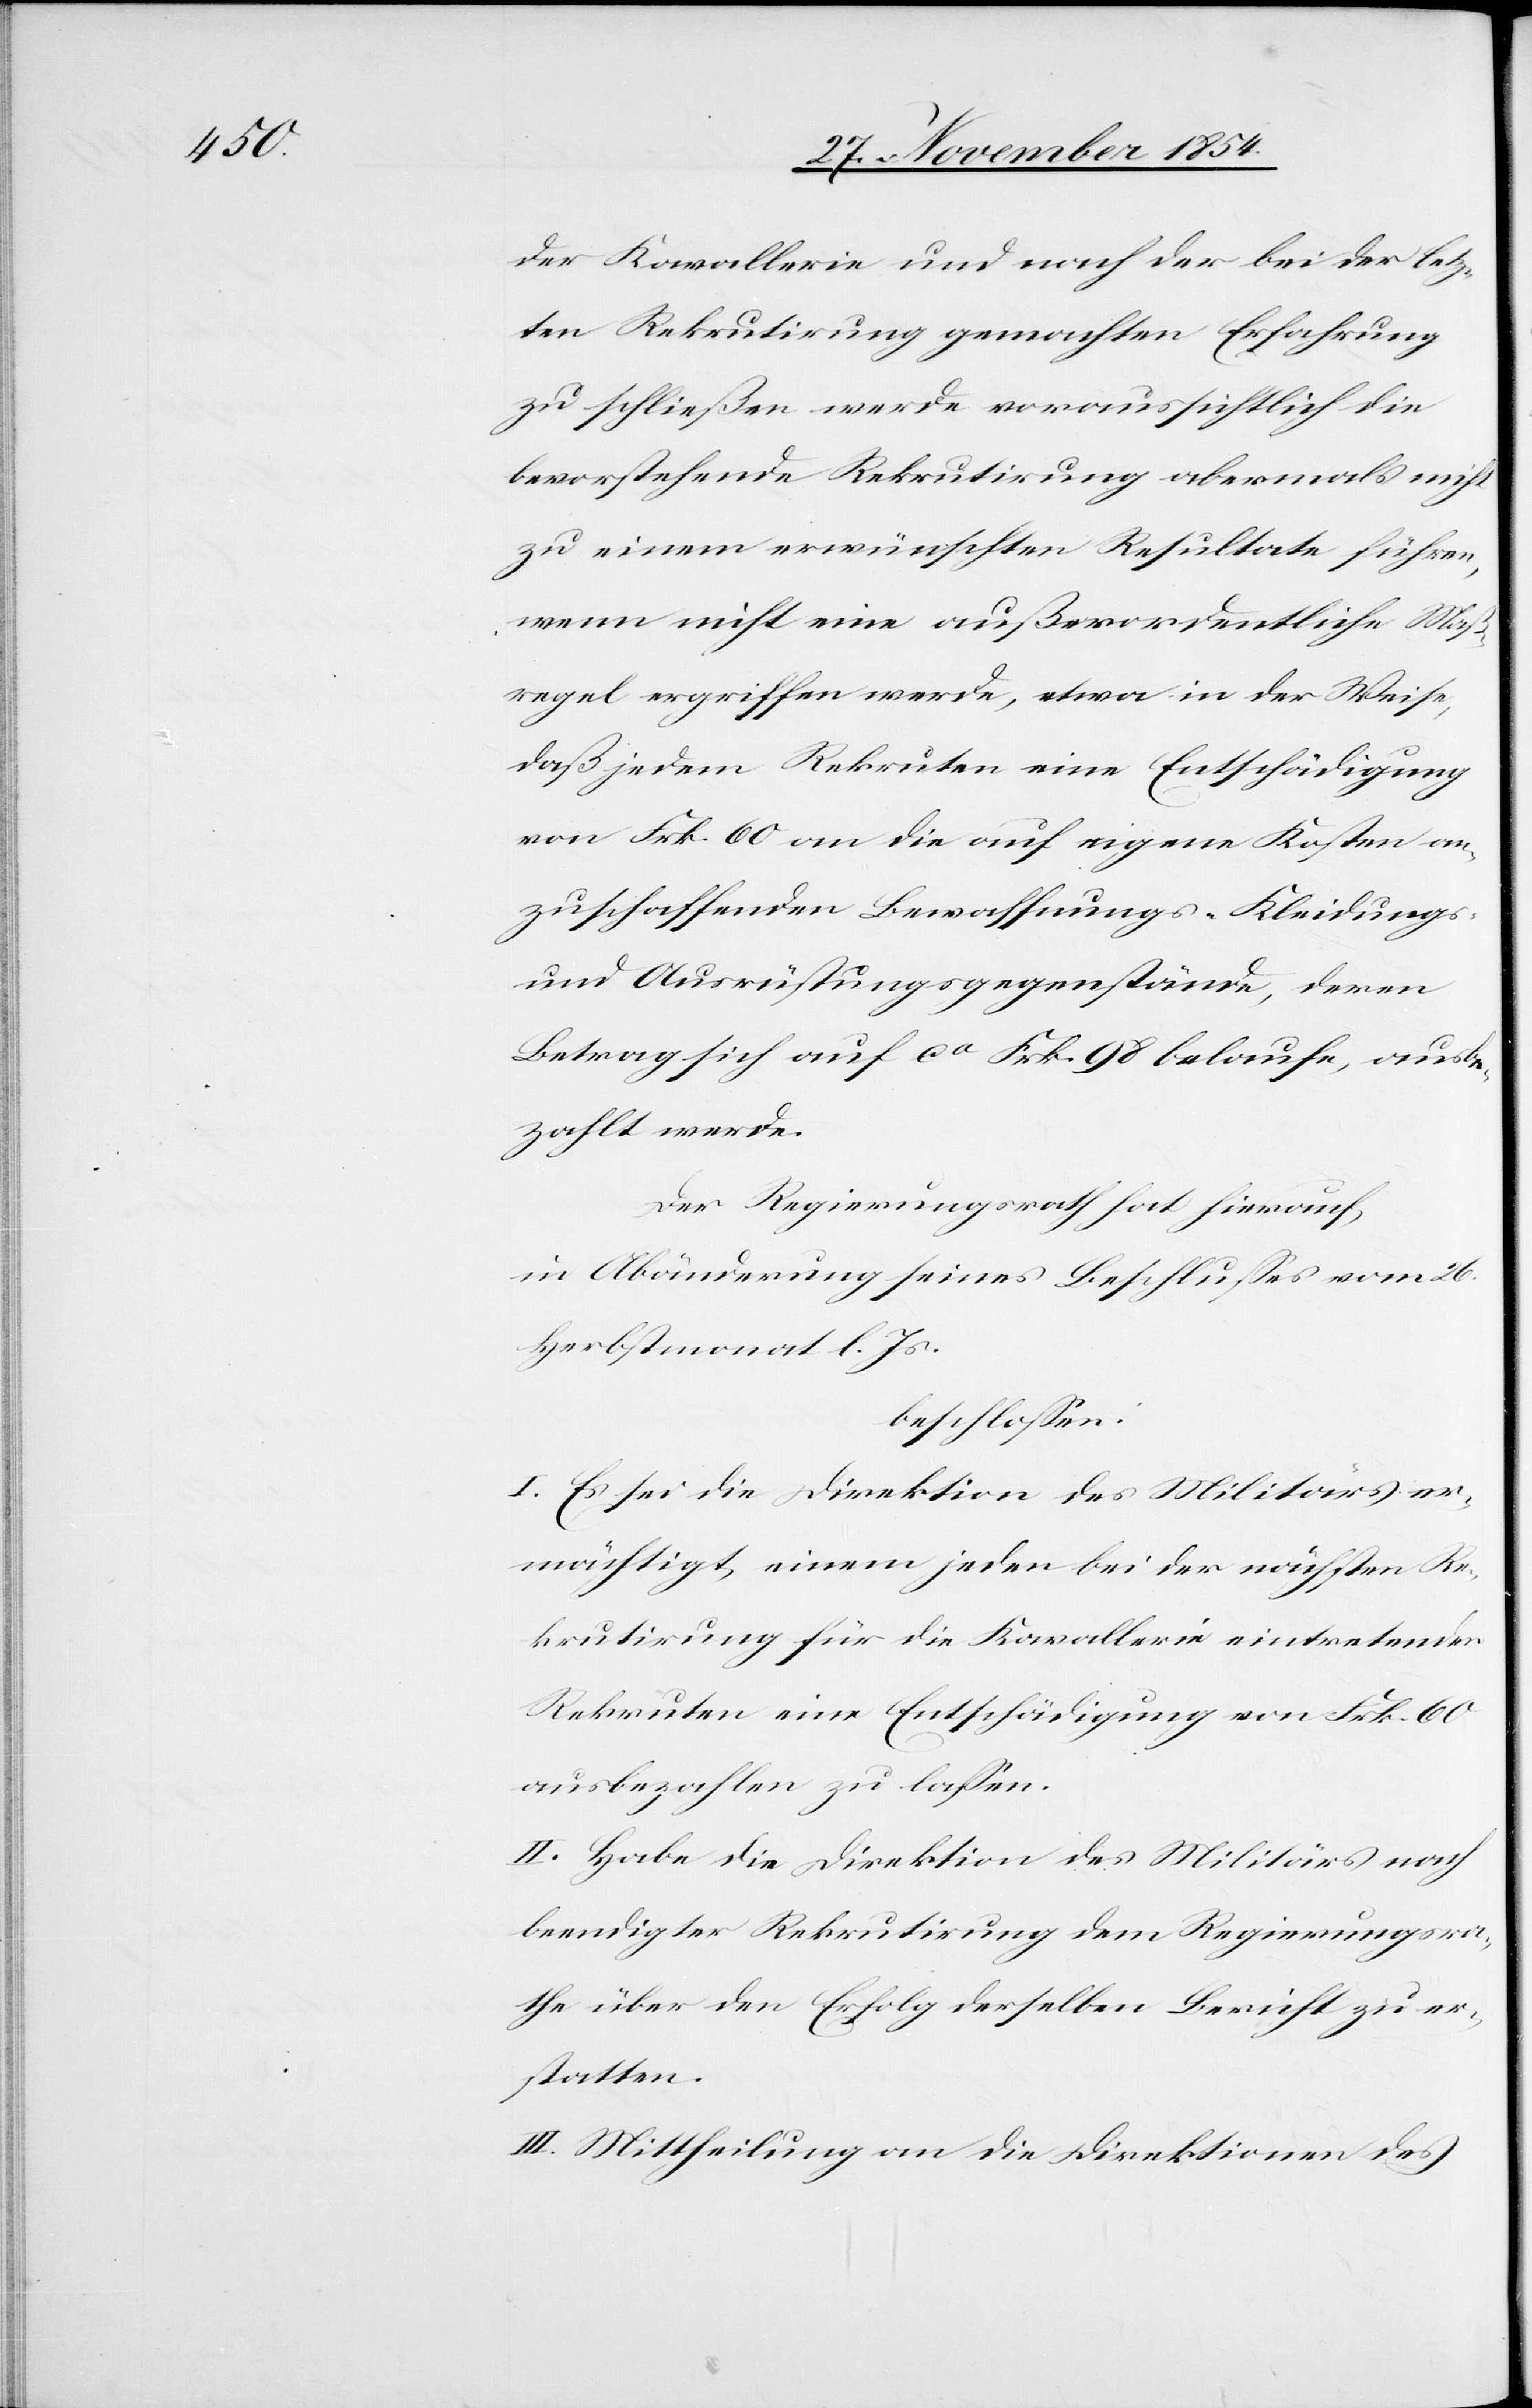
der Kavallerie und nach der bei der letz¬
ten Rekrutirung gemachten Erafhrung
zu schließen werde voraussichtlich die
bevorstehende Rekrutirung abermals nicht
zu einem erwünschten Resultate führen,
wenn nicht eine außerordentliche Maß¬
regel ergriffen werde, etwa in der Weise,
daß jedem Rekruten eine Entschädigung
von Frk. 60 an die auf eigene Kosten an¬
zuschaffenden Bewaffnungs-[,] Kleidungs-
und Ausrüstungsgegenstände, deren
Betrag sich auf ca Frk. 98 belaufe, ausbe¬
zahlt werde.
Der Regierungsrath hat hierauf,
in Abänderung seines Beschlußes vom 26.
Herbstmonat l. Js.
beschloßen:
I. Es sei die Direktion des Militärs er¬
mächtigt, einem jeden bei der nächsten Re¬
krutirung für die Kavallerie eintretenden
Rekruten eine Entschädigung von Frk. 60
ausbezahlen zu laßen.
II. Habe die Direktion des Militärs nach
beendigter Rekrutirung dem Regierungsra¬
the über den Erfolg derselben Bericht zu er¬
statten.
III. Mittheilung an die Direktionen des